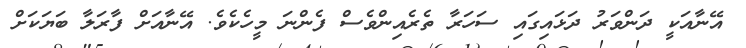
އޭނާއަކީ ދަންވަރު ދަޅައިގައި ސަހަރާ ތެރެއިންވެސް ފެންނަ މީހެކެވެ. އޭނާއަށް ފާރަލާ ބަޔަކަށް